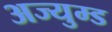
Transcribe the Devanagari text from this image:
अज्युम्ड